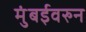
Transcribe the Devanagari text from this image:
मुंबईवरुन